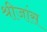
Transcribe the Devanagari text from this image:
श्रीजांस